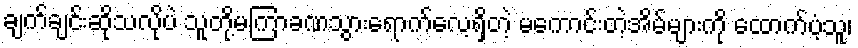
ချက်ချင်းဆိုသလိုပဲ သူတို့မကြာခဏသွားရောက်လေ့ရှိတဲ့ မကောင်းတဲ့အိမ်များကို ထောက်ပံ့သူ၊